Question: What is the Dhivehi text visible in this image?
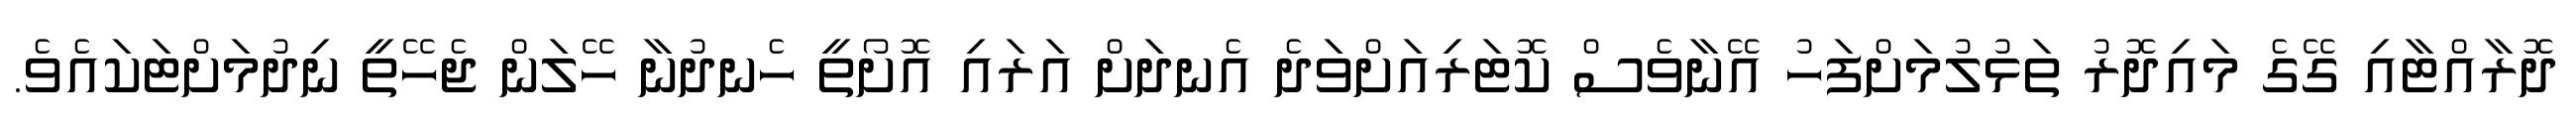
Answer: ދޮރާއްޓާއި ގޭގެ މައިދޮރު ތަޅުލުމަށްފަހު އޭނާވެސް ކޮޓަރިއަށްވަދެ އެނދަށް އަރައި އޮށޯތީ ހެނދުނާ ހޭލަން ޖެހޭތީ ނިދުމަށްޓަކައެވެ.